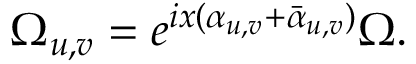
\Omega _ { u , v } = e ^ { i x ( \alpha _ { u , v } + \bar { \alpha } _ { u , v } ) } \Omega .